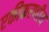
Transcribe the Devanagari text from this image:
एकीकरणीय